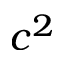
c ^ { 2 }